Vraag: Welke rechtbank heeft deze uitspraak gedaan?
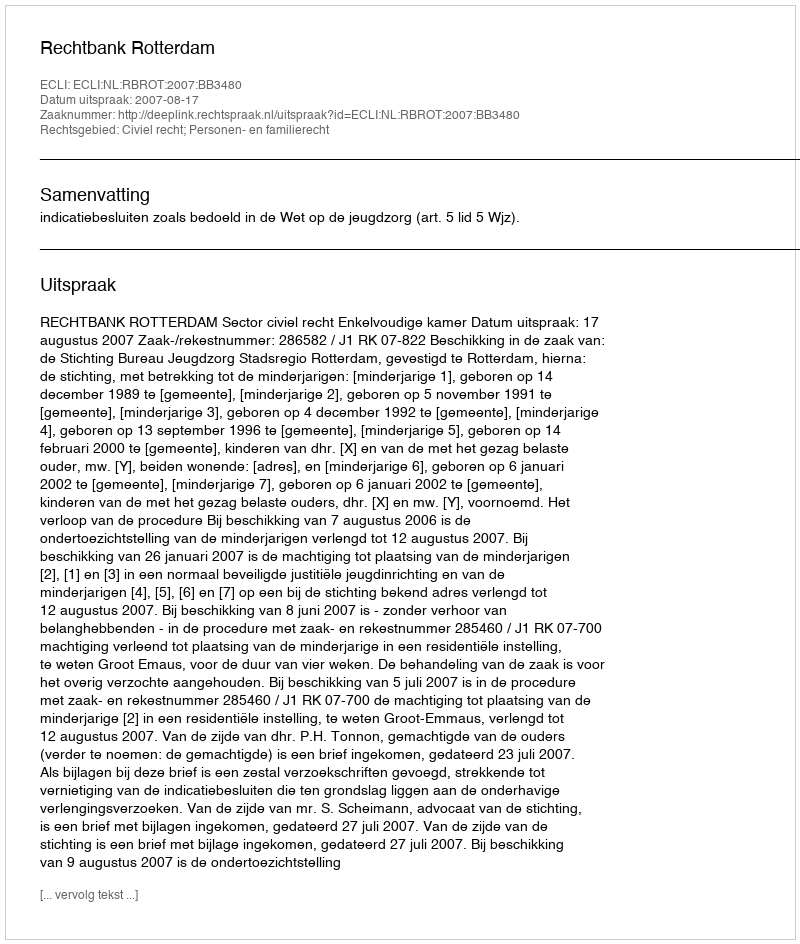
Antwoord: Rechtbank Rotterdam